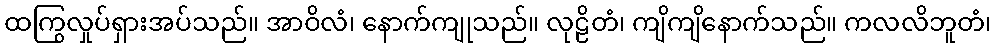
ထကြွလှုပ်ရှားအပ်သည်။ အာဝိလံ၊ နောက်ကျုသည်။ လုဠိတံ၊ ကျိကျိနောက်သည်။ ကလလိဘူတံ၊